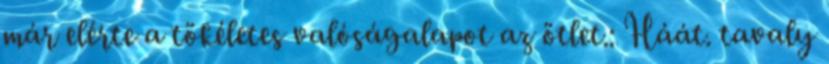
már elérte a tökéletes valóságalapot az ötlet.: Háát. tavaly